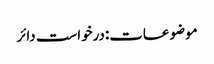
موضوعات:درخواست دائر